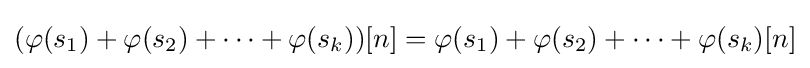
(\varphi (s_{1})+\varphi (s_{2})+\cdots +\varphi (s_{k}))[n]=\varphi (s_{1})+\varphi (s_{2})+\cdots +\varphi (s_{k})[n]